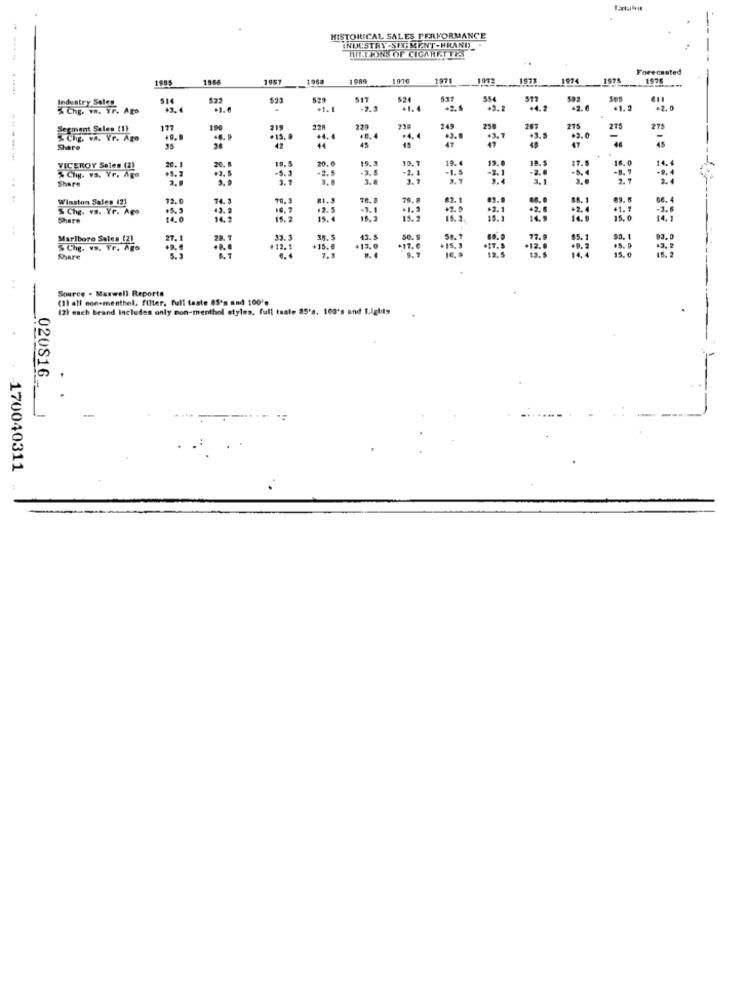
.
HISTORICAL SALES PERFORMANCE
INDUSTRY-SEGMENT-HRAND
MILLIONS OF CIGARETTES
Forecasted
1985
1964
1957
1976
1971
1972
1973
1974
1975
1976
Industry Sales
522
529
524
592
5 Chg. va. Yr. Ago
43.
.1.
...
.2.1
.1. 2
Segment Sales (1)
177
190
219
220
229
73
249
250
20
215
275
27
5Chg. va. Vr. Ago
· 15. 0
+4.4
48.4
45
+3.7
49
47
=
Share
42
20. 1
19.3
19.
17.
16.0
14.4
VICEROY Seles (2)
20.
19.5
20.0
-2.5
-1.5
-2.1
-9.4
Share
%Chy. vs. Vr. Ago
+5.2
.2. 5
-8.5
-3,5
-2, 1
2.7
2.4
Winston Sales (2)
72.0
74.3
#1.3
78.8
79.
82.1
83.
66.4
% Chg. vs. Yr. Ago
43. 3
16.7
.2. 5
-3.1
12. 0
.2. 1
-3.6
Share
14,5
15. 2
15.4
18.9
15.
Marlboro Sales [2)
27.1
35. 5
43.5
58.1
93.0
5 Che. vs. Yr. Ago
+12.1
15.6
+13.0
17. 0
+12. 0
.5. 9
15.0
Share
Source . Maxwell Reports
(1) all non-menthol. filter, full taste 85's and 10010
(2) each brand Includes only mon-menthol styles, full taste 85's. 100's and tights
020816
170040311